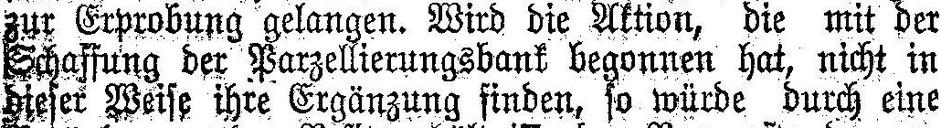
zur Erprobung gelangen. Wird die Aktion, die mit der